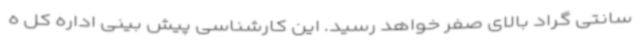
سانتی گراد بالای صفر خواهد رسید. این کارشناسی پیش بینی اداره کل ه